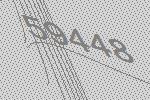
59448